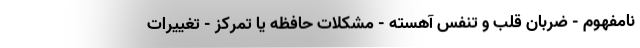
نامفهوم - ضربان قلب و تنفس آهسته - مشکلات حافظه یا تمرکز - تغییرات